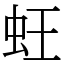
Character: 蚟